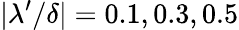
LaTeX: |\lambda^{\prime}/\delta|=0.1,0.3,0.5